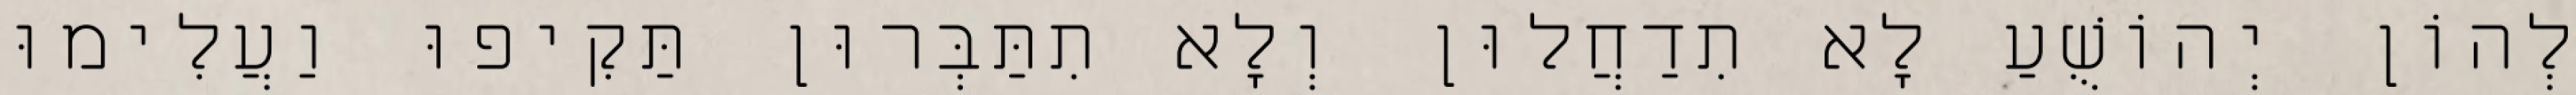
לְהוֹן יְהוֹשֻׁעַ לָא תִדַחֲלוּן וְלָא תִתַּבְּרוּן תַּקִיפוּ וַעֲלִימוּ